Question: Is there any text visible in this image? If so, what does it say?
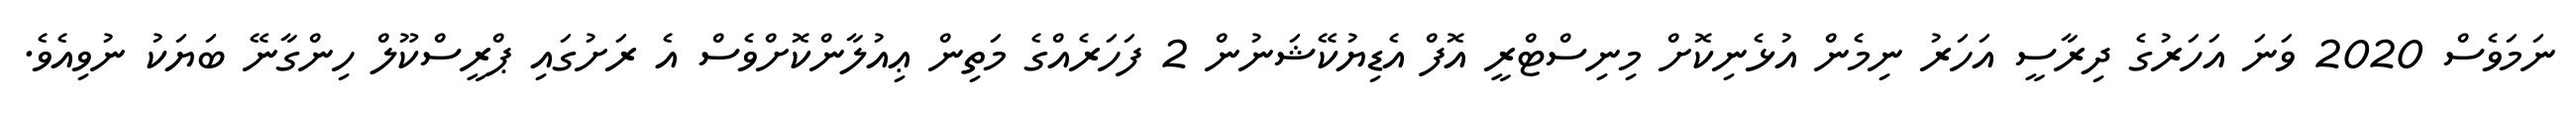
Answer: ނަމަވެސް 2020 ވަނަ އަހަރުގެ ދިރާސީ އަހަރު ނިމެން އުޅެނިކޮށް މިނިސްޓްރީ އޮފް އެޑިޔުކޭޝަނުން 2 ފަހަރެއްގެ މަތިން ޢިއުލާންކޮށްވެސް އެ ރަށުގައި ޕްރީސްކޫލް ހިންގާނޭ ބަޔަކު ނުވިއެވެ.